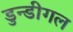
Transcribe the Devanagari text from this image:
डुन्डीगल